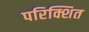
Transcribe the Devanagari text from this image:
परिक्शित